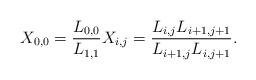
LaTeX: \begin{align*}X_{0,0}=\frac{L_{0,0}}{L_{1,1}} X_{i,j}=\frac{L_{i,j}L_{i+1,j+1}}{L_{i+1,j}L_{i,j+1}} .\end{align*}